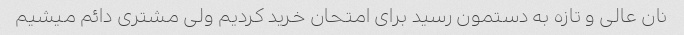
نان عالی و تازه به دستمون رسید برای امتحان خرید کردیم ولی مشتری دائم میشیم